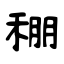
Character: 稝